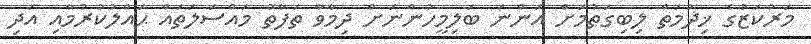
މަރުކަޒުގެ ޚިދުމަތް ލިބިގަތުމަށް އަންނަ ބަލިމީހުންނަށް ދިމާވާ ތަފާތު މައްސަލަތައް ޙައްލުކުރުމާއި އަދި